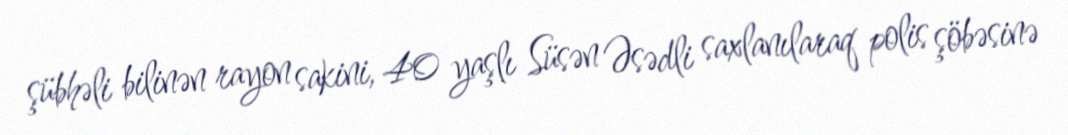
şübhəli bilinən rayon sakini, 40 yaşlı Süsən Əsədli saxlanılaraq polis şöbəsinə